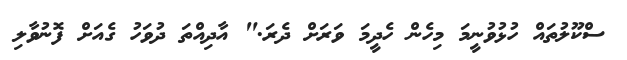
ސްކޫލުތައް ހުޅުވުނީމަ މިހެން ހެދީމަ ވަރަށް ދެރަ." އާދިއްތަ ދުވަހު ގެއަށް ފޮނުވާލި